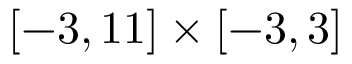
[ - 3 , 1 1 ] \times [ - 3 , 3 ]